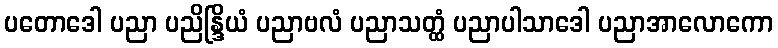
ပတောဒေါ ပညာ ပညိန္ဒြိယံ ပညာဗလံ ပညာသတ္ထံ ပညာပါသာဒေါ ပညာအာလောကော